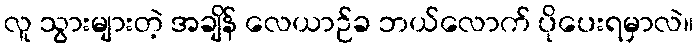
လူ သွားများတဲ့ အချိန် လေယာဉ်ခ ဘယ်လောက် ပိုပေးရမှာလဲ။